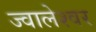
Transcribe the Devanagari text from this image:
ज्‍वालेश्‍वर